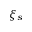
\xi _ { s }